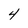
Character: 4